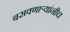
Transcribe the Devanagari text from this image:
बसवणाऱ्यांनीच